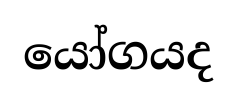
යෝගයද